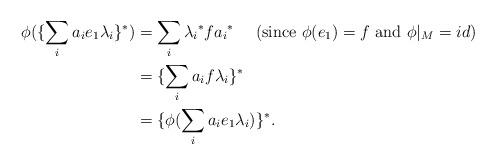
LaTeX: \begin{align*} \phi(\{\sum_ia_ie_1\lambda_i\}^*) & = \sum_i{\lambda_i}^*f{a_i}^*~~~~(\textrm{since}~\phi(e_1)= f~\textrm {and}~ {\phi}|_M = id)\\ & = \{\sum_ia_i f\lambda_i\}^*\\ & = \{\phi(\sum_ia_i e_1 \lambda_i)\}^*.\end{align*}